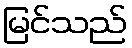
မြင်သည်